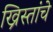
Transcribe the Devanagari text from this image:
ख्रिस्तांचे